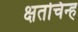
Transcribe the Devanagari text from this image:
क्षतचिन्ह